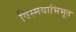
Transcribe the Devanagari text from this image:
विस्मयाभिभूत